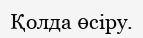
Қолда өсіру.